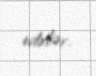
edirlər.